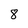
Character: 8